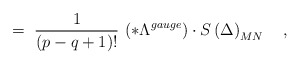
\begin{align*}=\;\frac 1{\left( p-q+1\right) !}\,\left( *\Lambda^{gauge}\right) \cdot S\left( \Delta \right) _{MN}\quad ,\end{align*}